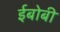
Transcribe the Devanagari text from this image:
ईबोबी